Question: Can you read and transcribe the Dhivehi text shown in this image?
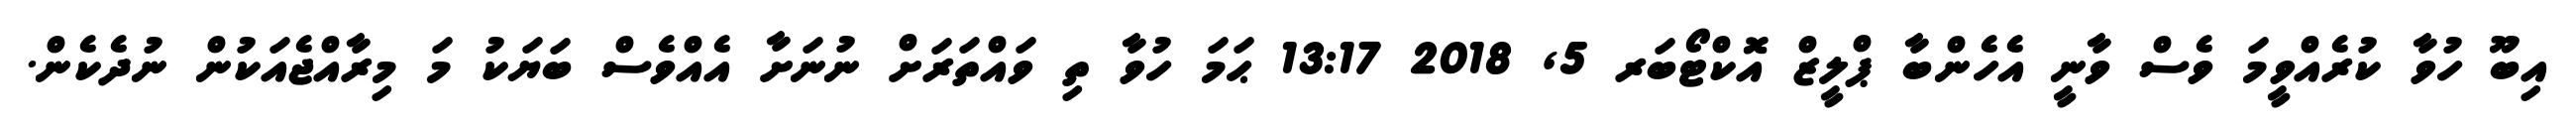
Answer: އިބޫ ހުވާ ކުރެއްވީމަ ވެސް ވާނީ އެހެންބާ ޕްލީޒް އޮކްޓޯބަރ 5, 2018 13:17 ޙަމަ ހުވާ ތި ވައްތަރަށް ނުނަށާ އެއްވެސް ބަޔަކު މަ މިރާއްޖެއަކުން ނުދެކެން.